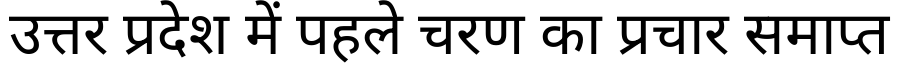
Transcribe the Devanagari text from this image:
उत्तर प्रदेश में पहले चरण का प्रचार समाप्त